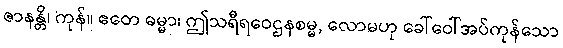
ဇာနန္တိ၊ ကုန်။ ဧတေ ဓမ္မာ၊ ဤသရီရဝေဌနစမ္မ, လောမဟု ခေါ်ဝေါ်အပ်ကုန်သော